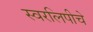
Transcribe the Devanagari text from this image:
स्वरलिपीचे